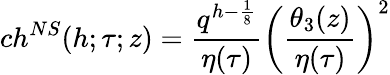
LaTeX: ch^{NS}(h;\tau;z)={\frac{q^{h-{\frac{1}{8}}}}{\eta(\tau)}}\left({\frac{\theta_{3}(z)}{\eta(\tau)}}\right)^{2}